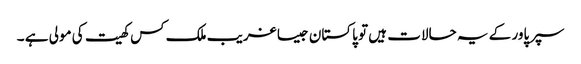
سپرپاور کے یہ حالات ہیں تو پاکستان جیسا غریب ملک کس کھیت کی مولی ہے ۔